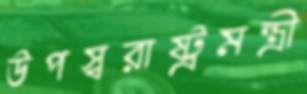
উপস্বরাষ্ট্রমন্ত্রী